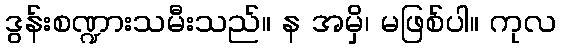
ဒွန်းစဏ္ဍားသမီးသည်။ န အမှိ၊ မဖြစ်ပါ။ ကုလ